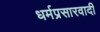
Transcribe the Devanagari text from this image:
धर्मप्रसारवादी